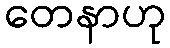
တေနာဟု